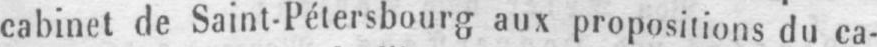
cabinet de Saint-Pétersbourg aux proposions du ca-